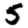
Digit: 5